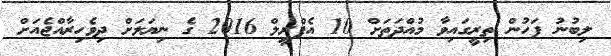
ލިބުނު ފަހުން ތިރީގައިވާ މުއްދަތަށް 10 އެޕްރީލް 2016 ގެ ނިޔަލަށް ދިވެހިރާއްޖެއަށް